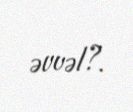
əvvəl?.